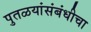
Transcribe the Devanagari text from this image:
पुतळयांसंबंधीचा